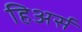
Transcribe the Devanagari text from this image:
हिअर्स